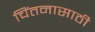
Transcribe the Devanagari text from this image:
चिंतनासाठी